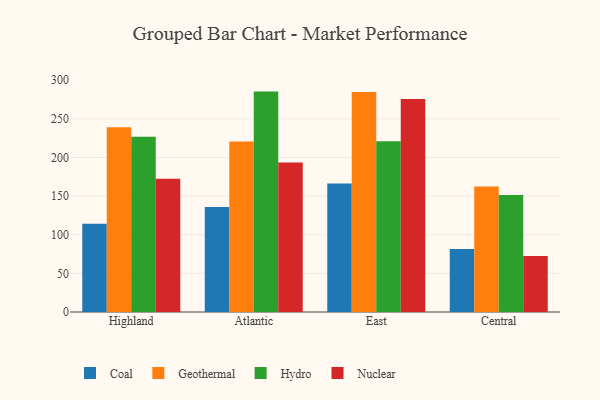
{"axis": {"x": "Region", "y": "Latency (ms)"}, "legend": ["Coal", "Geothermal", "Hydro", "Nuclear"], "data": [{"x": "Highland", "y": 114.2, "type": "Coal"}, {"x": "Highland", "y": 239.2, "type": "Geothermal"}, {"x": "Highland", "y": 226.8, "type": "Hydro"}, {"x": "Highland", "y": 172.4, "type": "Nuclear"}, {"x": "Atlantic", "y": 136.0, "type": "Coal"}, {"x": "Atlantic", "y": 220.8, "type": "Geothermal"}, {"x": "Atlantic", "y": 285.3, "type": "Hydro"}, {"x": "Atlantic", "y": 193.5, "type": "Nuclear"}, {"x": "East", "y": 166.4, "type": "Coal"}, {"x": "East", "y": 284.7, "type": "Geothermal"}, {"x": "East", "y": 220.9, "type": "Hydro"}, {"x": "East", "y": 275.7, "type": "Nuclear"}, {"x": "Central", "y": 81.6, "type": "Coal"}, {"x": "Central", "y": 162.5, "type": "Geothermal"}, {"x": "Central", "y": 151.3, "type": "Hydro"}, {"x": "Central", "y": 72.5, "type": "Nuclear"}]}